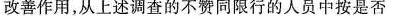
改善作用，从上述调查的不赞同限行的人员中按是否